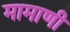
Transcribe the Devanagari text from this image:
मामाणी